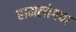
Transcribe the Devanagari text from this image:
हामलोगचा